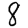
Digit: 8